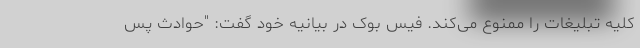
کلیه تبلیغات را ممنوع می‌کند. فیس بوک در بیانیه خود گفت: "حوادث پس